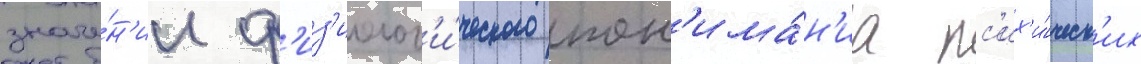
значе́н'ии ф'из'иолог'и́ческого пон'има́н'иа пс'их'и́ческ'их